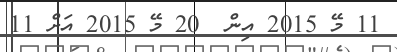
11 މޭ 2015 އިން  20 މޭ 2015 އަށް 11